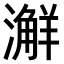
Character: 𣿨